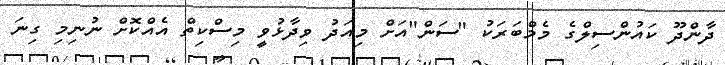
ދާންދޫ ކައުންސިލްގެ މެމްބަރަކު "ސަން"އަށް މިއަދު ވިދާޅުވީ މިސްކިތް އެއްކޮށް ނުނިމި ގިނަ